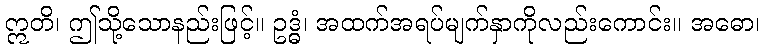
ဣတိ၊ ဤသို့သောနည်းဖြင့်။ ဥဒ္ဓံ၊ အထက်အရပ်မျက်နှာကိုလည်းကောင်း။ အဓော၊